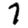
Digit: 7